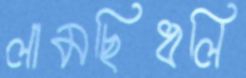
লামছিধলি